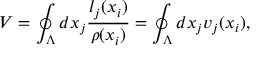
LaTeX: V = \oint _ { \Lambda } d x _ { j } \frac { l _ { j } ( x _ { i } ) } { \rho ( x _ { i } ) } = \oint _ { \Lambda } d x _ { j } v _ { j } ( x _ { i } ) ,